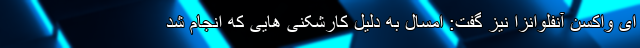
ای واکسن آنفلوانزا نیز گفت: امسال به دلیل کارشکنی هایی که انجام‌ شد